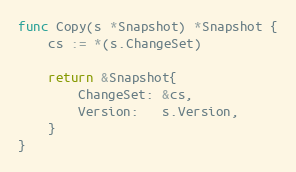
Language: Go
func Copy(s *Snapshot) *Snapshot {
	cs := *(s.ChangeSet)

	return &Snapshot{
		ChangeSet: &cs,
		Version:   s.Version,
	}
}